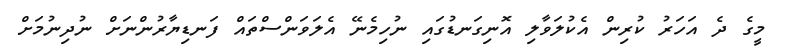
މީގެ ދެ އަހަރު ކުރިން އެކުލަވާލި އޮނިގަނޑުގައި ނުހިމެނޭ އެލަވަންސްތައް ފަނޑިޔާރުންނަށް ނުދިނުމަށް